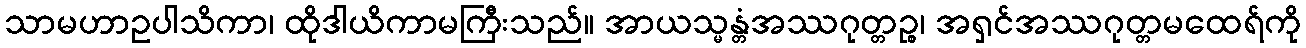
သာမဟာဥပါသိကာ၊ ထိုဒါယိကာမကြီးသည်။ အာယသ္မန္တံအဿဂုတ္တဉ္စ၊ အရှင်အဿဂုတ္တမထေရ်ကို